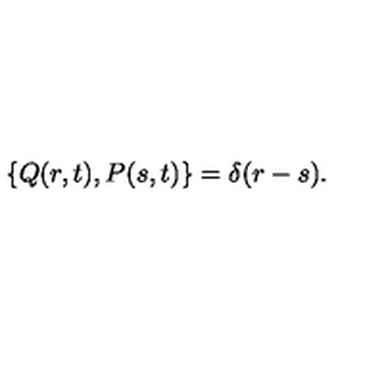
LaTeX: \left\{ Q ( r , t ) , P ( s , t ) \right\} = \delta ( r - s ) .